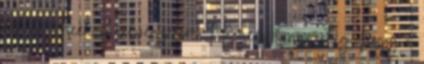
online check-in elvégzésére Ha nem lenne elég, hogy a